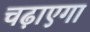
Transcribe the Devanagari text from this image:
चढ़ाएगा